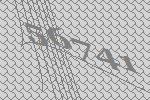
56741